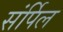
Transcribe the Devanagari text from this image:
संर्पिल